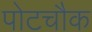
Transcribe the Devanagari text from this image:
पोटचौक